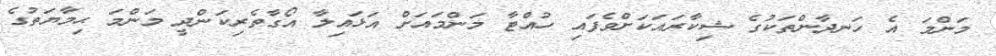
މަންމަ އެ ހަނދާންތަކުގެ ޝިކާރައަކަށްވެފައި ހުއްޓާ މަންމައަށް އަޅައިލާ އޯގާތެރިކަންދީ މަންމަ ޙިމާޔަތުގެ